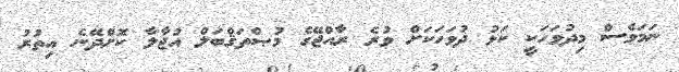
ނަމަވެސް މިދުވަހަކީ ކަޅު ދުވަހަކަށް ވުރެ ރާއްޖޭގެ މުޞްތަޤްބަލް އުޖާލާ ކޮށްދޭނެ އިތުރު